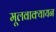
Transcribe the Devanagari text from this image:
मूलवाक्यायन